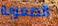
الصعوبة